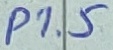
Text: P1.5